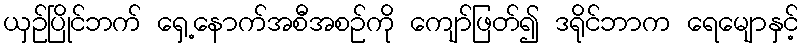
ယှဉ်ပြိုင်ဘက် ရှေ့နောက်အစီအစဉ်ကို ကျော်ဖြတ်၍ ဒရိုင်ဘာက ရေမျောနှင့်